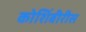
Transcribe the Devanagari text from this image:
कोशिंबीरीस